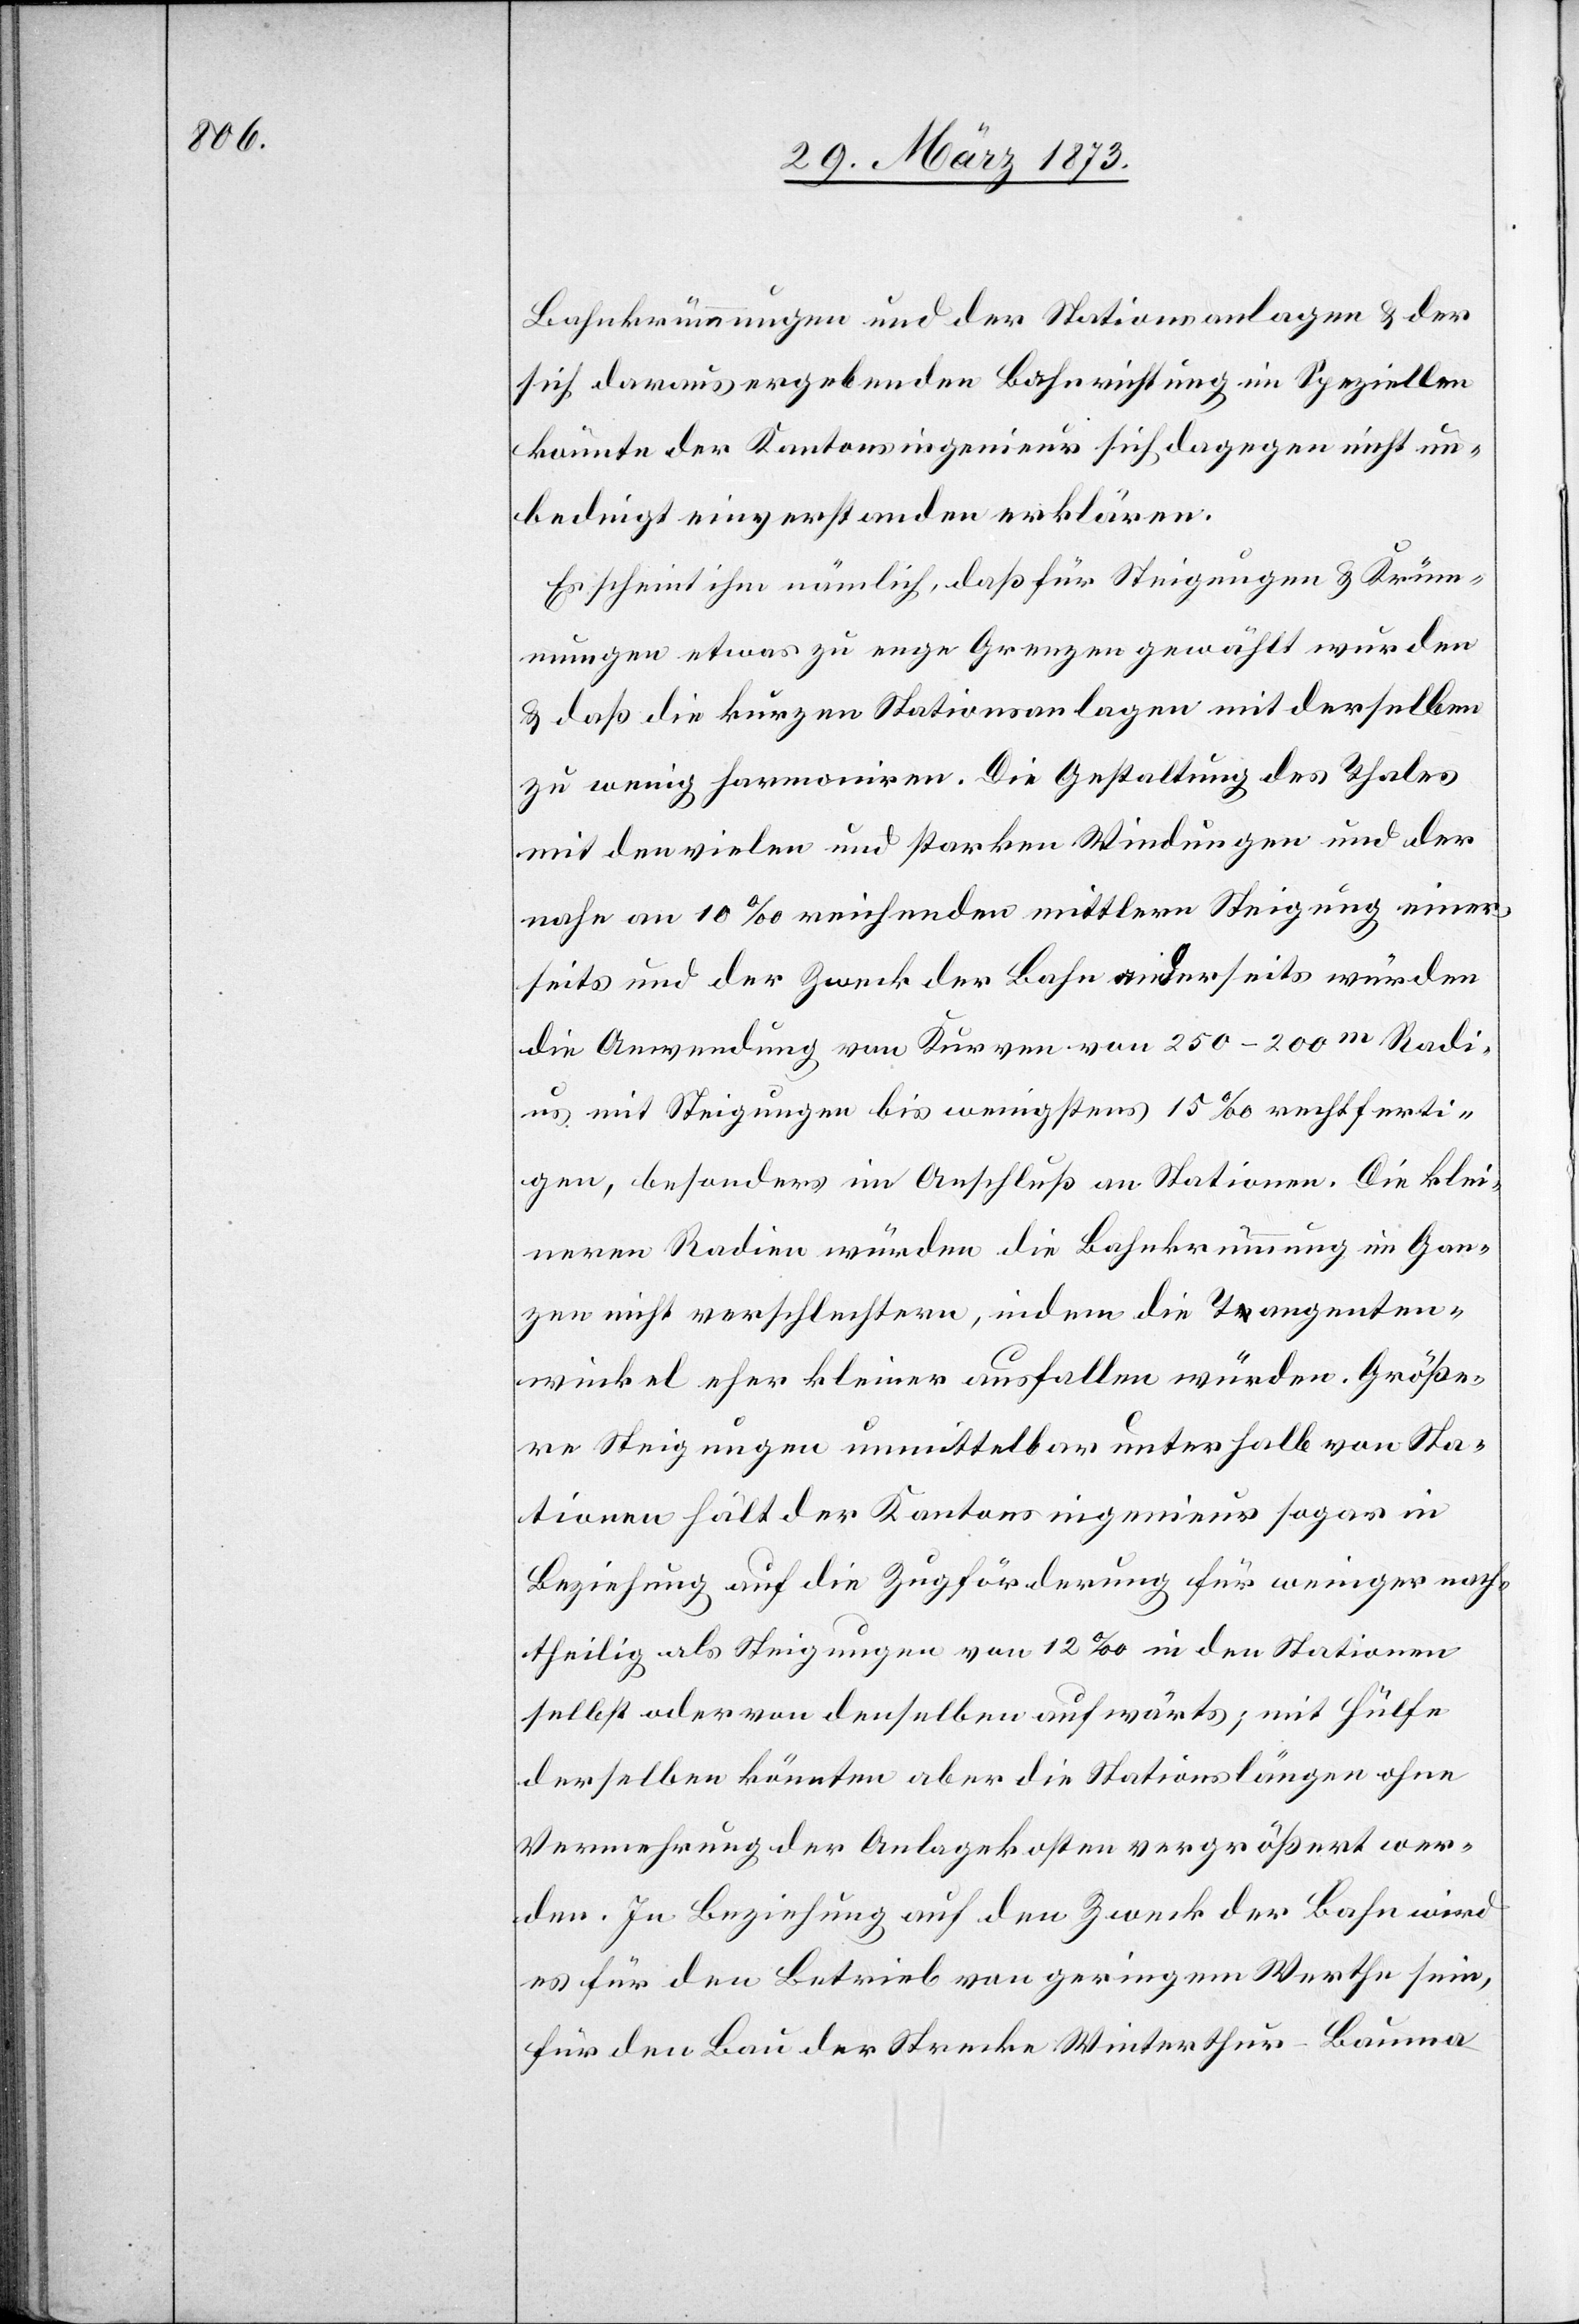
Bahnkrümmungen und der Stationsanlagen u. der
sich daraus ergebenden Bahnrichtung im Speziellen
könnte der Kantonsingenieur sich dagegen nicht un¬
bedingt einverstanden erklären.
Es scheint ihm nämlich, daß für Steigungen u. Krüm¬
mungen etwas zu enge Grenzen gewählt wurden
u. daß die kurzen Stationsanlagen mit derselben
zu wenig harmonisieren. Die Gestaltung des Thales
mit den vielen und starken Windungen und der
nahe an 10‰ reichenden mittlern Steigung einer¬
seits und der Zweck der Bahn anderseits würden
die Anwendung von Kurven von 150–200m Radi¬
us mit Steigungen bis wenigstens 15‰ rechtferti¬
gen, besonders im Anschluß an Stationen. Die klei¬
neren Radien würden die Bahnkrümmung im Gan¬
zen nicht verschlechtern, indem die Tangenten¬
winkel eher kleiner ausfallen würden. Größe¬
re Steigungen unmittelbar unterhalb von Sta¬
tionen hält der Kantonsingenieur sogar in
Beziehung auf die Zugförderung für weniger nach¬
theilig als Steigungen von 12‰ in den Stationen
selbst oder von denselben aufwärts, mit Hülfe
derselben könnten aber die Stationslängen ohne
Vermehrung der Anlagekosten vergrößert wer¬
den. In Beziehung auf den Zweck der Bahn wird
es für den Betrieb von geringem Werthe sein,
für den Bau der Strecke Winterthur–Bauma